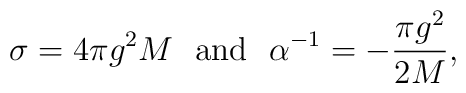
\sigma=4\pi g^2M~~ {\rm and}~~\alpha^{-1}=-\frac{\pi g^2}{2M},